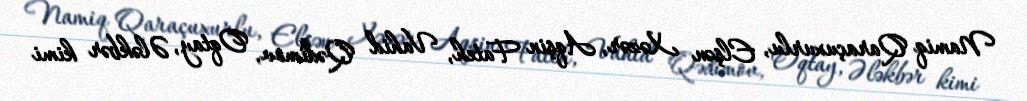
Namiq Qaraçuxurlu, Elşən Xəzər, Aqşin Fateh, Vahid Qədimov, Oqtay, Ələkbər kimi